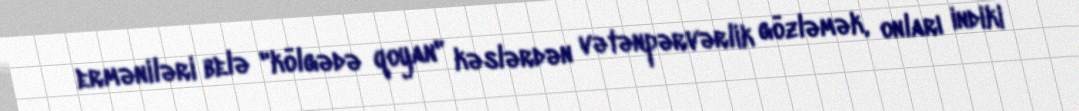
erməniləri belə "kölgədə qoyan" kəslərdən vətənpərvərlik gözləmək, onları indiki